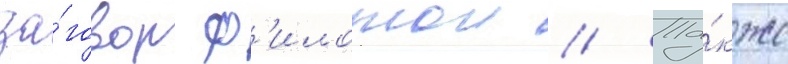
за́говор ф'илотои // Та́кже